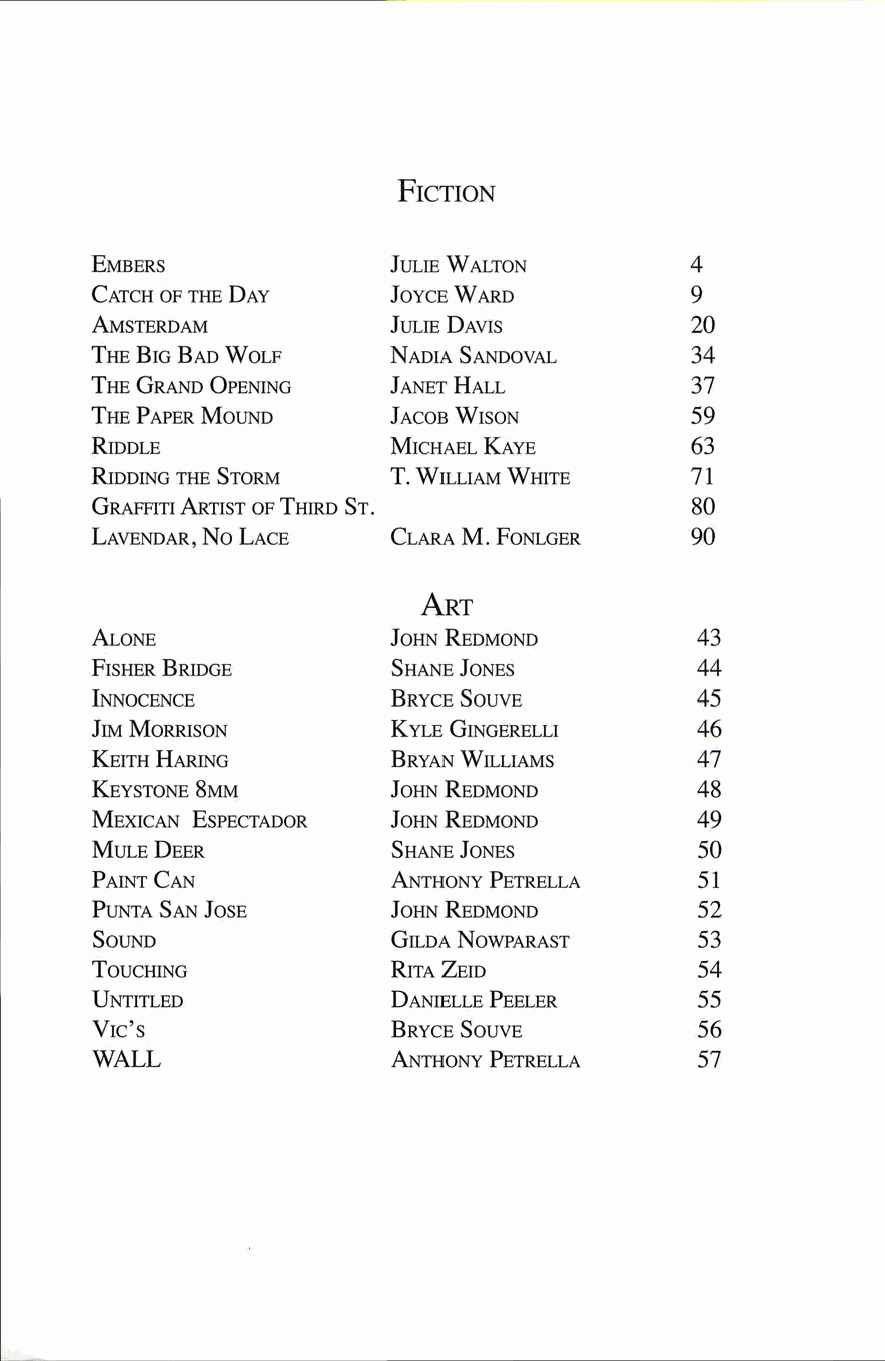
FICTION
 EMBERS              JULIE WALTON        4
 CATCH OF THE DAY    JOYCE WARD          9
 AMSTERDAM           JULIE DAVIS         20
 THE BIG BAD WOLF    NADIA SANDOVAL      34
 THE GRAND OPENING   JANET HALL          37
 THE PAPER MOUND     JACOB WISON         59
 RIDDLE              MICHAEL KAYE        63
 RIDDING THE STORM   T. WILLIAM WHITE    71
 GRAFFITI ARTIST OF THIRD ST.            80
 LAVENDAR, NO LACE   CLARA M. FONLGER    90
 ART
 ALONE               JOHN REDMOND        43
 FISHER BRIDGE       SHANE JONES         44
 INNOCENCE           BRYCE SOUVE         45
 JIM MORRISON        KYLE GINGERELLI     46
 KEITH HARING        BRYAN WILLIAMS      47
 KEYSTONE 8MM        JOHN REDMOND        48
 MEXICAN ESPECTADOR  JOHN REDMOND        49
 MULE DEER           SHANE JONES         50
 PAINT CAN           ANTHONY PETRELLA    51
 PUNTA SAN JOSE      JOHN REDMOND        52
 SOUND               GILDA NOWPARAST     53
 TOUCHING            RITA ZEID           54
 UNTITLED            DANIELLE PEELER     55
 VIC'S               BRYCE SOUVE         56
 WALL                ANTHONY PETRELLA    57